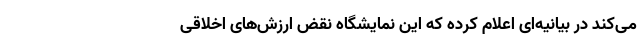
می‌کند در بیانیه‌ای اعلام کرده که این نمایشگاه نقض ارزش‌های اخلاقی